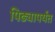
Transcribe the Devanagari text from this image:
पिढ्यापर्यंत